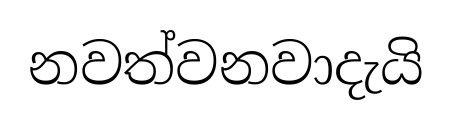
නවත්වනවාදැයි